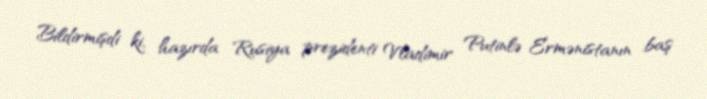
Bildirmişdi ki, hazırda Rusiya prezidenti Vladimir Putinlə Ermənistanın baş